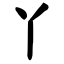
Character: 丫